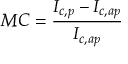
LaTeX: M C = { \frac { I _ { c , p } - I _ { c , a p } } { I _ { c , a p } } }